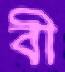
বী